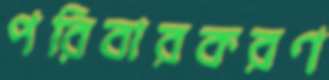
পরিবারকরণ